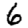
Digit: 6